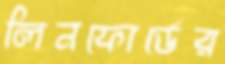
লিনফোর্ডের